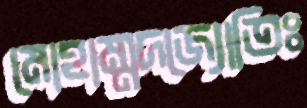
মোহাম্মদজ্যোতিঃ